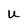
Character: U